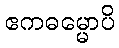
ဧကဓမ္မောပိ